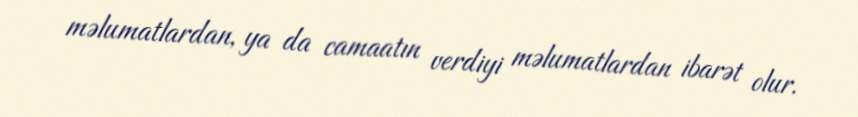
məlumatlardan, ya da camaatın verdiyi məlumatlardan ibarət olur.